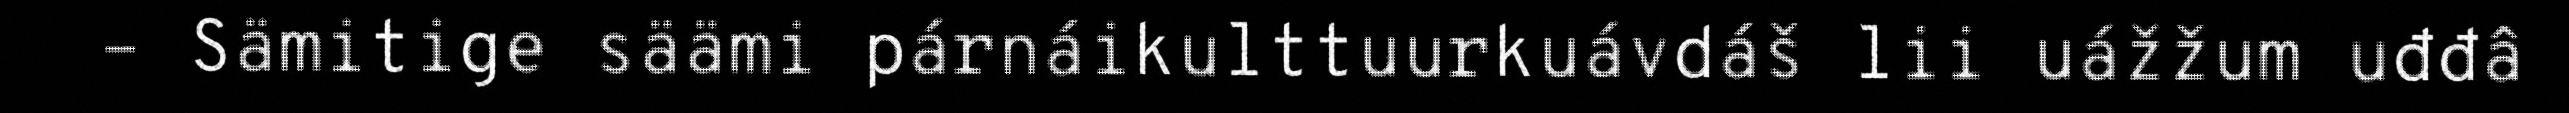
– Sämitige säämi párnáikulttuurkuávdáš lii uážžum uđđâ